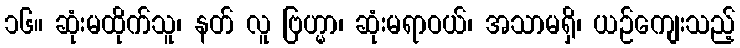
၁၆။ ဆုံးမထိုက်သူ၊ နတ် လူ ဗြဟ္မာ၊ ဆုံးမရာဝယ်၊ အသာမရှိ၊ ယဉ်ကျေးသည့်